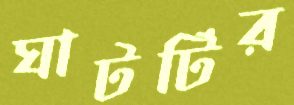
ঘাটটির